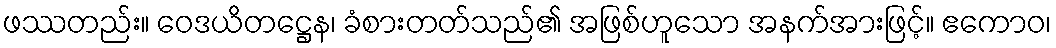
ဖဿတည်း။ ဝေဒယိတဋ္ဌေန၊ ခံစားတတ်သည်၏ အဖြစ်ဟူသော အနက်အားဖြင့်။ ဧကောဝ၊